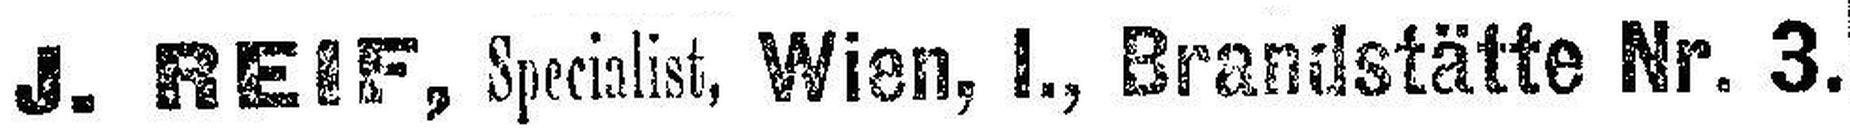
J. REIF, Specialist, Wien, I., Brandstätte Nr. 3.